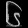
Digit: ၆